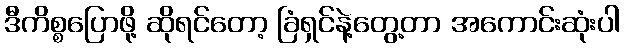
ဒီကိစ္စပြောဖို့ ဆိုရင်တော့ ခြံရှင်နဲ့တွေ့တာ အကောင်းဆုံးပါ